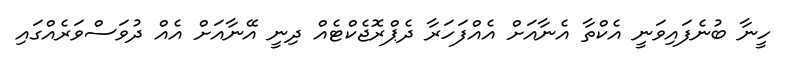
ހީނާ ބުނެފައިވަނީ އެކްތާ އެނާއަށް އެއްފަހަރާ ދެޕްރޮޖެކްޓެއް ދިނީ އޭނާއަށް އެއް ދުވަސްވަރެއްގައި